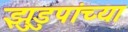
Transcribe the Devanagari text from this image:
झुडुपांच्या